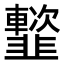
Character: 𩐑